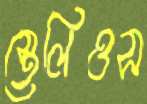
স্তেলিওস